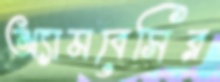
অ্যামবেসির